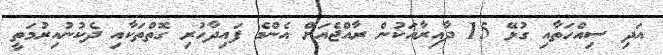
އަދި ސިއްހަތާއި ގުޅޭ 15 ދާއިރާއަކުން ރާއްޖެއަށް އެންމެ ފައިދާހުރި ގޮތްތަކާއި ދެކުނުއިރުމަތީ